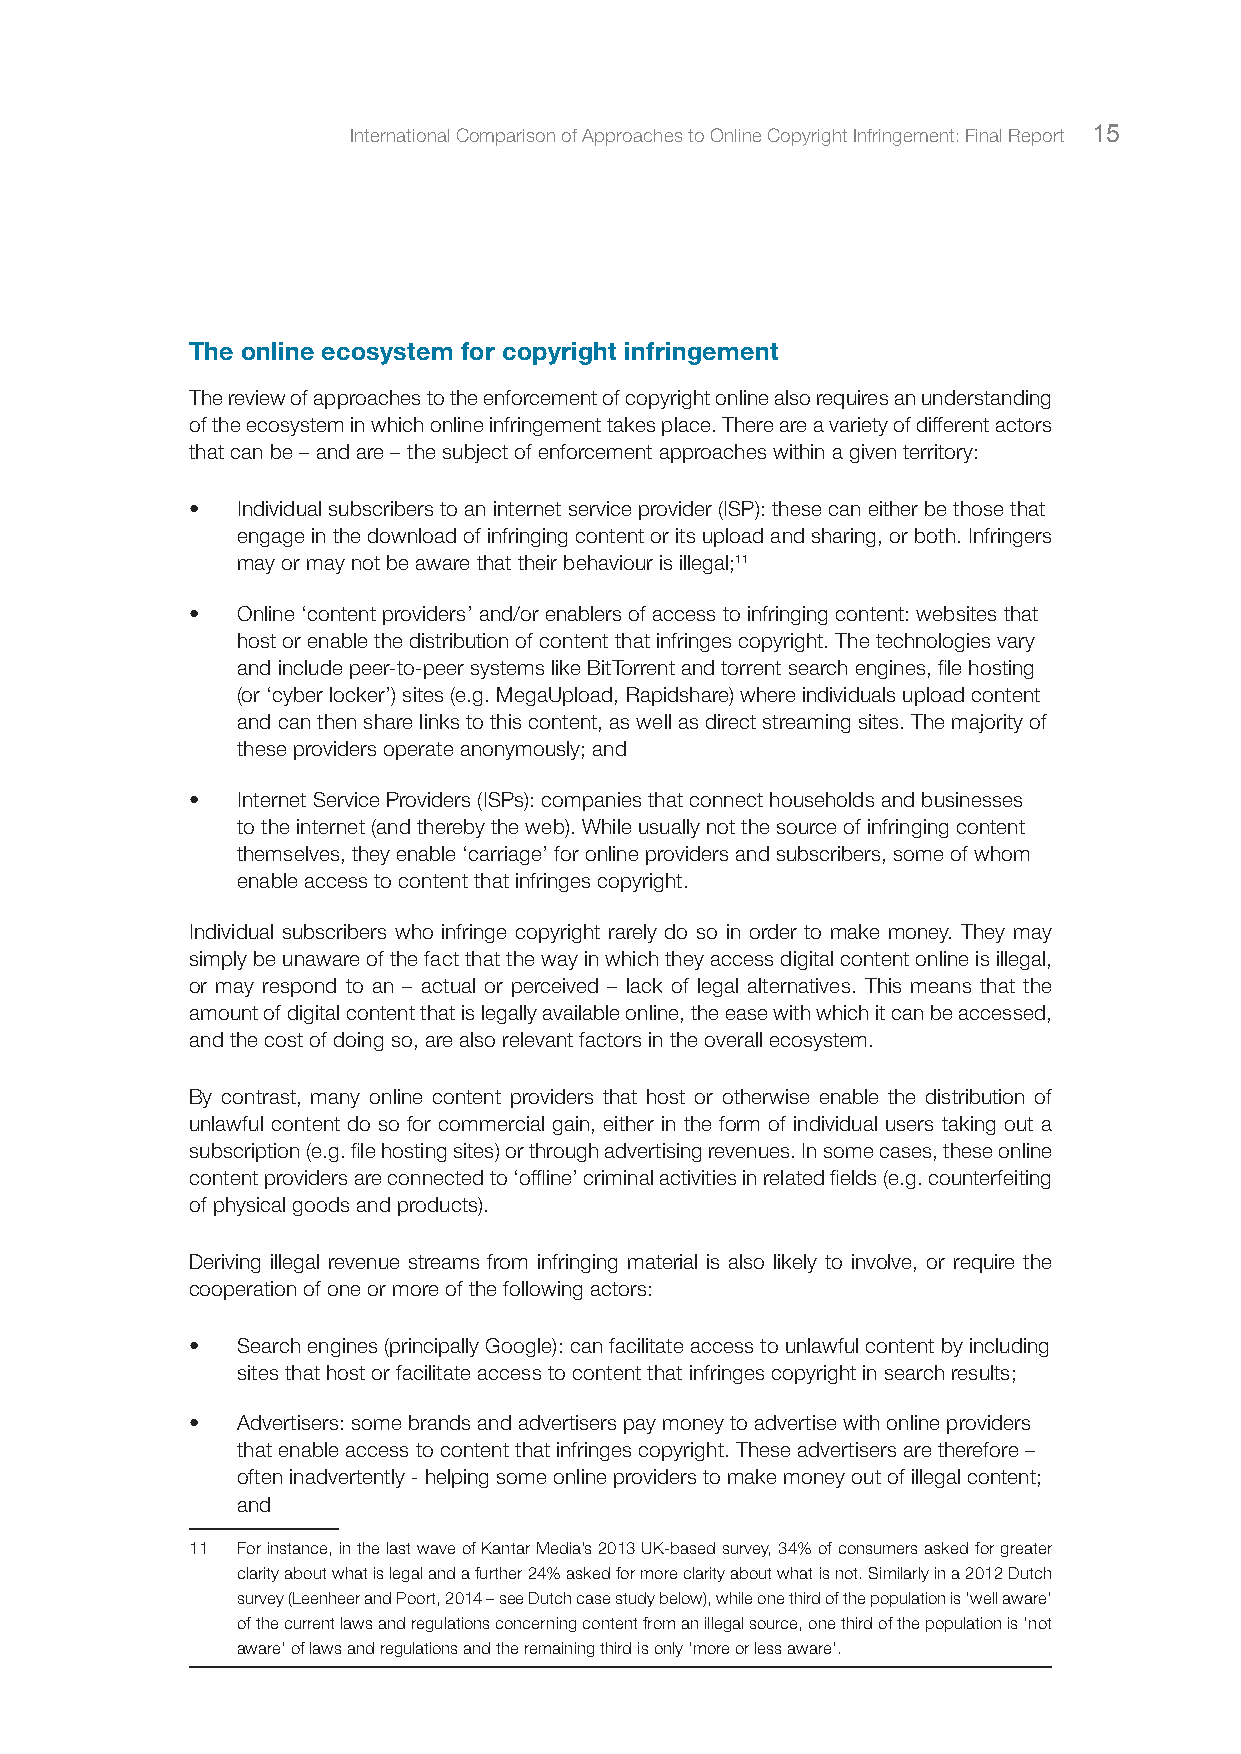
International Comparison of Approaches to Online Copyright Infringement: Final Report 15
 The online ecosystem for copyright infringement
 The review of approaches to the enforcement of copyright online also requires an understanding
 of the ecosystem in which online infringement takes place. There are a variety of different actors
 that can be – and are – the subject of enforcement approaches within a given territory:
 •  Individual subscribers to an internet service provider (ISP): these can either be those that
 engage in the download of infringing content or its upload and sharing, or both. Infringers
 may or may not be aware that their behaviour is illegal;11
 •  Online ‘content providers’ and/or enablers of access to infringing content: websites that
 host or enable the distribution of content that infringes copyright. The technologies vary
 and include peer-to-peer systems like BitTorrent and torrent search engines, file hosting
 (or ‘cyber locker’) sites (e.g. MegaUpload, Rapidshare) where individuals upload content
 and can then share links to this content, as well as direct streaming sites. The majority of
 these providers operate anonymously; and
 •  Internet Service Providers (ISPs): companies that connect households and businesses
 to the internet (and thereby the web). While usually not the source of infringing content
 themselves, they enable ‘carriage’ for online providers and subscribers, some of whom
 enable access to content that infringes copyright.
 Individual subscribers who infringe copyright rarely do so in order to make money. They may
 simply be unaware of the fact that the way in which they access digital content online is illegal,
 or may respond to an – actual or perceived – lack of legal alternatives. This means that the
 amount of digital content that is legally available online, the ease with which it can be accessed,
 and the cost of doing so, are also relevant factors in the overall ecosystem.
 By contrast, many online content providers that host or otherwise enable the distribution of
 unlawful content do so for commercial gain, either in the form of individual users taking out a
 subscription (e.g. file hosting sites) or through advertising revenues. In some cases, these online
 content providers are connected to ‘offline’ criminal activities in related fields (e.g. counterfeiting
 of physical goods and products).
 Deriving illegal revenue streams from infringing material is also likely to involve, or require the
 cooperation of one or more of the following actors:
 •  Search engines (principally Google): can facilitate access to unlawful content by including
 sites that host or facilitate access to content that infringes copyright in search results;
 •  Advertisers: some brands and advertisers pay money to advertise with online providers
 that enable access to content that infringes copyright. These advertisers are therefore –
 often inadvertently - helping some online providers to make money out of illegal content;
 and
 11 For instance, in the last wave of Kantar Media’s 2013 UK-based survey, 34% of consumers asked for greater
 clarity about what is legal and a further 24% asked for more clarity about what is not. Similarly in a 2012 Dutch
 survey (Leenheer and Poort, 2014 – see Dutch case study below), while one third of the population is ‘well aware’
 of the current laws and regulations concerning content from an illegal source, one third of the population is ‘not
 aware’ of laws and regulations and the remaining third is only ‘more or less aware’.